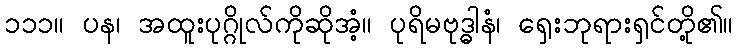
၁၁၁။ ပန၊ အထူးပုဂ္ဂိုလ်ကိုဆိုအံ့။ ပုရိမဗုဒ္ဓါနံ၊ ရှေးဘုရားရှင်တို့၏။